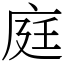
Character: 庭